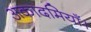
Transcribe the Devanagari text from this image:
अकादमियाँ।